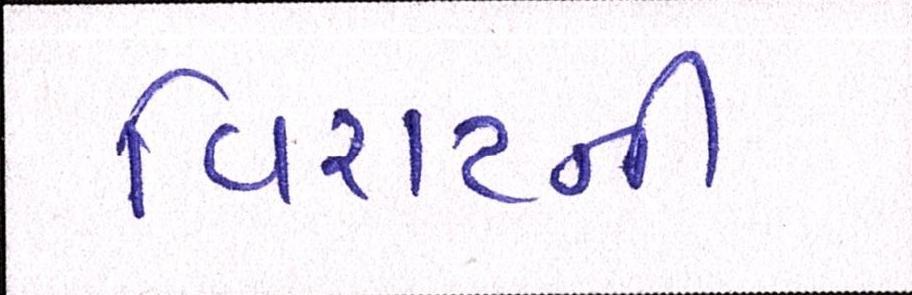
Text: વિરાટની